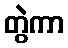
တွဲကာ